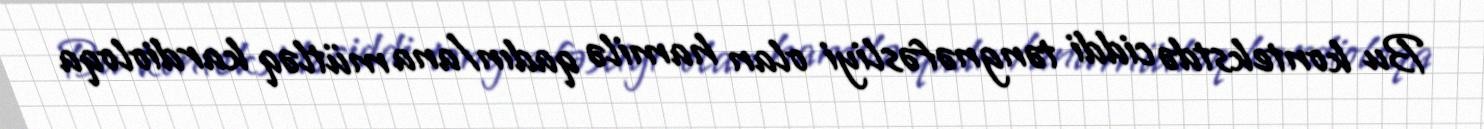
Bu kontekstdə ciddi təngnəfəsliyi olan hamilə qadın/ana mütləq kardioloqa